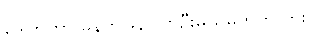
ဒေါက်တာ မနက်ဖြန် လာဦးမယ်မဟုတ်လား